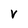
Character: v